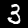
Digit: 3